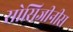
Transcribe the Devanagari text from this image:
सोसिजीनीस